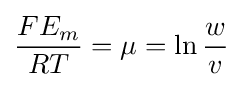
{\frac {FE_{m}}{RT}}=\mu =\ln {\frac {w}{v}}